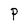
Character: P